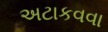
અટાકવવા